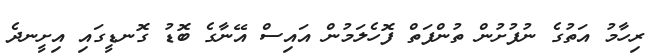
ރިހާމު އަތުގެ ނުފުށުން ތުންފަތް ފޮހެލަމުން އައިސް އޭނާގެ ބޮޑު ގޮނޑީގައި އިށީނދެ